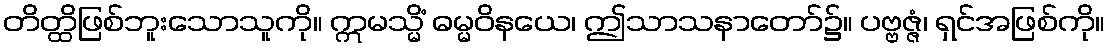
တိတ္ထိဖြစ်ဘူးသောသူကို။ ဣမသ္မိံ ဓမ္မဝိနယေ၊ ဤသာသနာတော်၌။ ပဗ္ဗဇ္ဇံ၊ ရှင်အဖြစ်ကို။